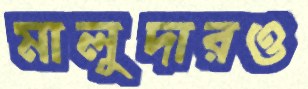
মালুদারও